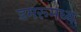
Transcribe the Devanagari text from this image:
डमरूमध्य